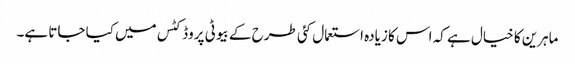
ماہرین کا خیال ہے کہ اس کا زیادہ استعمال کئی طرح کے بیوٹی پروڈکٹس میں کیا جاتا ہے۔